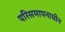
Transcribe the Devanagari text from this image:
परिसमापनाधीन